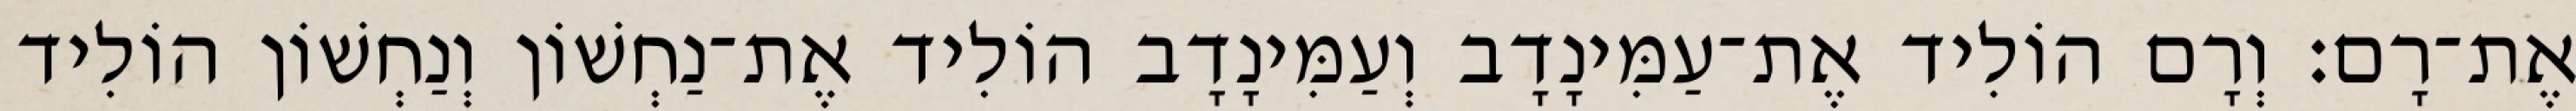
אֶת־רָם׃ וְרָם הוֹלִיד אֶת־עַמִּינָדָב וְעַמִּינָדָב הוֹלִיד אֶת־נַחְשׁוֹן וְנַחְשׁוֹן הוֹלִיד